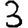
Digit: 3